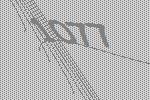
1077